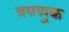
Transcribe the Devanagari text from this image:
त्रयणुक